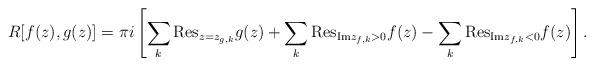
LaTeX: \begin{align*}R[f(z),g(z)]=\pi i\left [ \sum_k {\mathrm{Res}}_{z=z_{g,k}}g(z)+\sum_{k}{\mathrm{Res}}_{{\mathrm{Im}}z_{f,k}>0}f(z)-\sum_{k}{\mathrm{Res}}_{{\mathrm{Im}}z_{f,k}<0}f(z)\right ].\end{align*}